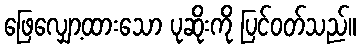
ဖြေလျှော့ထားသော ပုဆိုးကို ပြင်ဝတ်သည်။